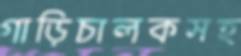
গাড়িচালকসহ